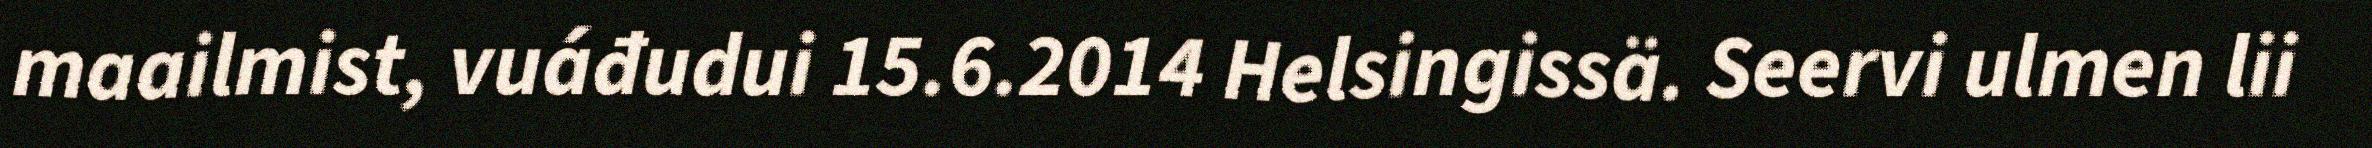
maailmist, vuáđudui 15.6.2014 Helsingissä. Seervi ulmen lii